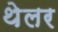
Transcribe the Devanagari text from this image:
थेलर